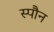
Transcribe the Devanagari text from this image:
स्पौन